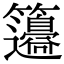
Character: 𥸅